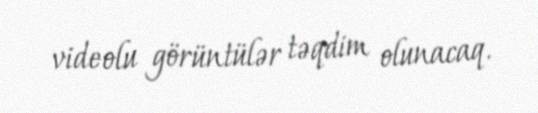
videolu görüntülər təqdim olunacaq.